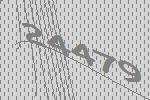
24479